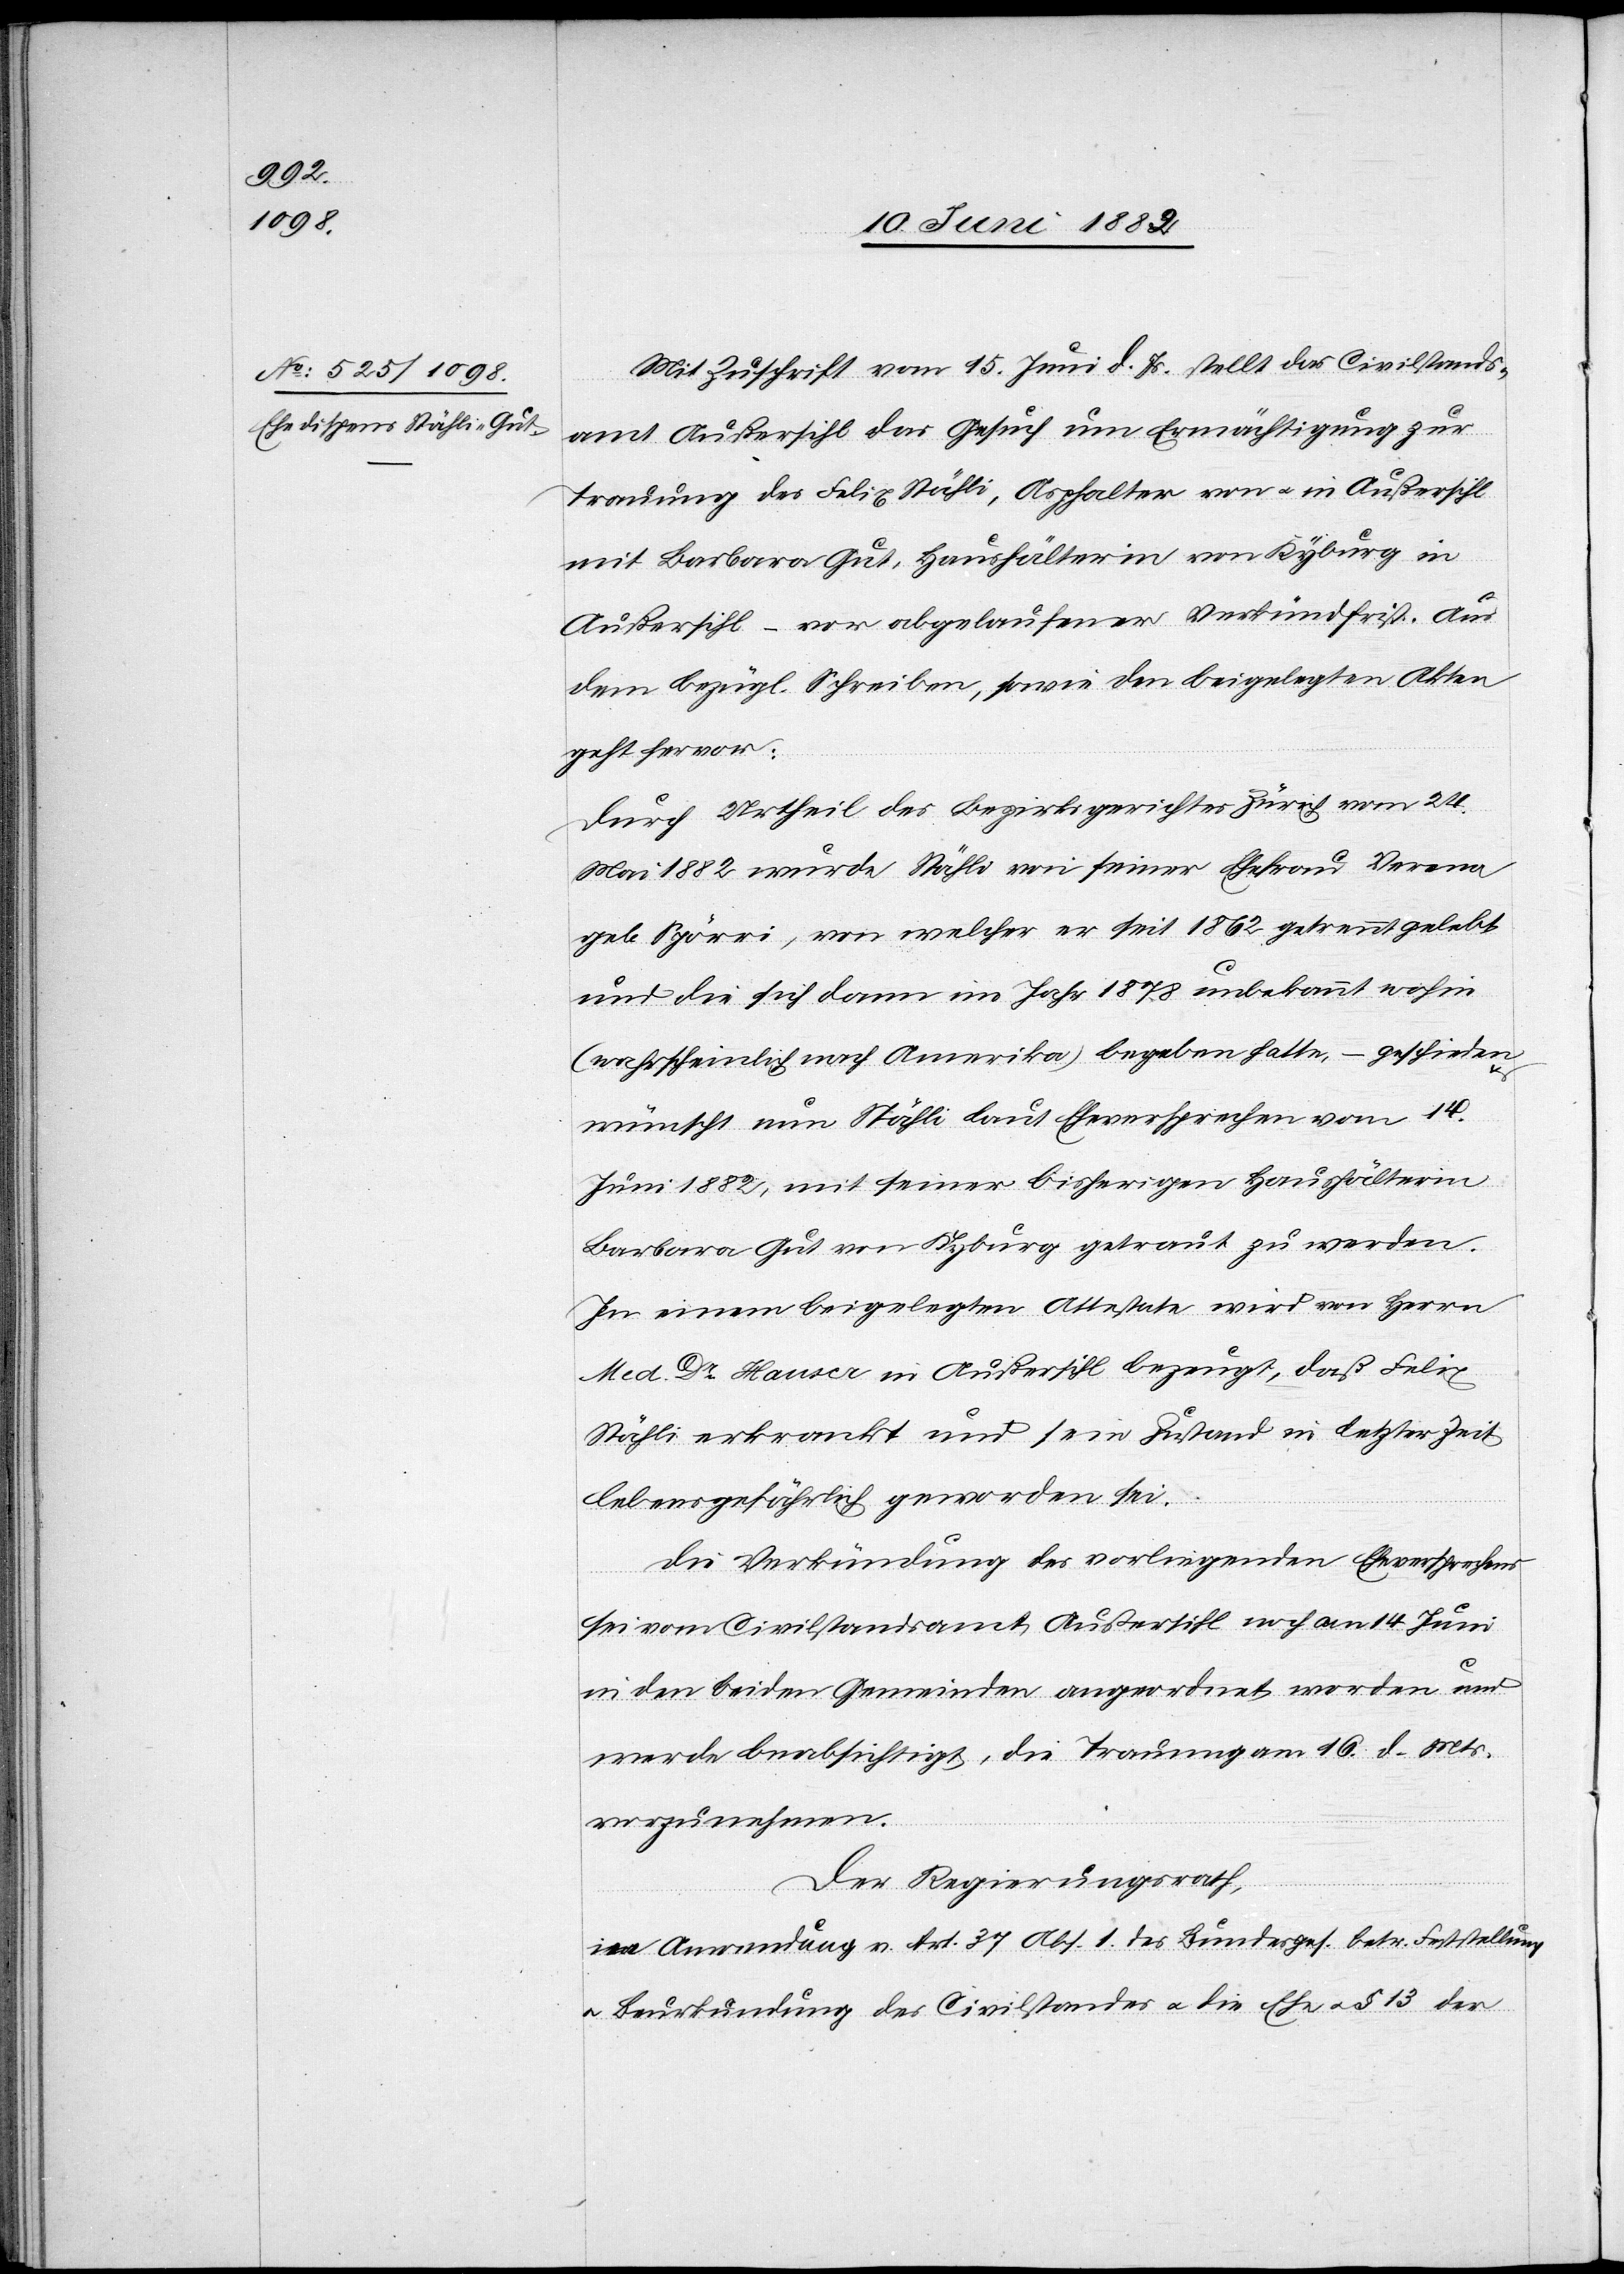
16. Juni 1882.]
Mit Zuschrift vom 15. Juni d. Js. stellt das Civilstands¬
amt Außersihl das Gesuch um Ermächtigung zur
Trauung des Felix Stähli, Asphalter von u. in Außersihl
mit Barbara Gut, Haushälterin von Kyburg in
Außersihl – vor abgelaufener Verkündfrist. Aus
dem bezügl. Schreiben, sowie den beigelegten Akten
geht hervor:
Durch Urtheil des Bezirksgerichtes Zürich vom 24.
Mai 1882 wurde Stähli von seiner Ehefrau Verena
geb. Spörri, von welcher er seit 1862 getrennt gelebt
und die sich dann im Jahr 1878 unbekannt wohin
(wahrscheinlich nach Amerika) begeben hatte, – geschieden
wünscht nun Stähli laut Eheversprechen vom 14.
Juni 1882, mit seiner bisherigen Haushälterin
Barbara Gut von Kyburg getraut zu werden
In einem beigelegten Atteste wird von Herrn
Med. Dr Hauser in Außersihl bezeugt, daß Felix
Stähli erkrankt und sein Zustand in letzter Zeit
lebensgefährlich geworden sei.
Die Verkündung des vorliegenden Eheversprechens
sei vom Civilstandsamt Außersihl noch am 14. Juni
in den beiden Gemeinden angeordnet worden und
werde beabsichtigt, die Trauung am 16. d. Mts.
vorzunehmen.
Der Regierungsrath,
in Anwendung v. Art. 37 Abs. 1 des Bundesges. betr. Feststellung
u. Beurkundung des Civilstandes u. die Ehe u. § 13 der